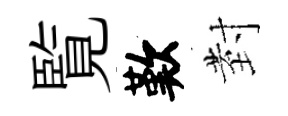
覧歎𭔹